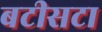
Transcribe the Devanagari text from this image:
बटीसटा